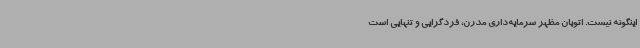
اینگونه نیست. اتوبان مظهر سرمایه‌داری مدرن، فردگرایی و تنهایی است